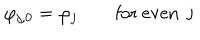
\varphi _ { j , 0 } = \varphi _ { j } \qquad \mathrm { f o r ~ e v e n ~ j ~ }